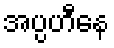
အပ္ပဟီနေ